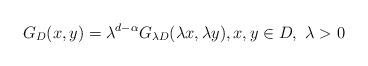
LaTeX: \begin{align*}G_{D}(x,y)=\lambda^{d-\alpha}G_{\lambda D}(\lambda x, \lambda y),x,y\in D,\ \lambda>0\end{align*}